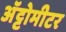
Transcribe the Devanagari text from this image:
अॅट्टोमीटर